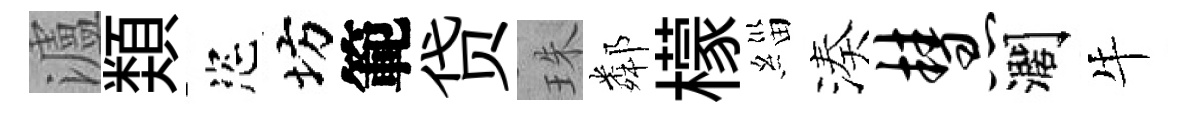
瀘𩔖恣坊範贷珠鄰檬緇湊慧濶牛